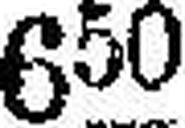
650